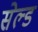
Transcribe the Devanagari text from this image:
सेल्ड